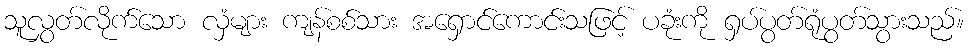
သူလွှတ်လိုက်သော လှံများ ကျန်စစ်သား အရှောင်ကောင်းသဖြင့် ပခုံးကို ရှပ်ပွတ်ရုံပွတ်သွားသည်။